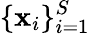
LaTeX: \{ {\mathbf{x}}_{i}\} _{i=1}^{S}